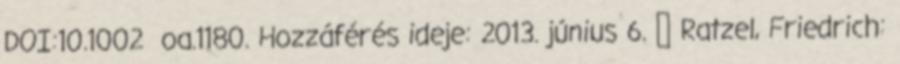
DOI:10.1002 oa.1180. Hozzáférés ideje: 2013. június 6. ↑ Ratzel, Friedrich: